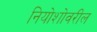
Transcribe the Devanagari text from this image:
नियोशोवरील